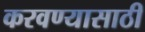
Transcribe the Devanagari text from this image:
करवण्यासाठी